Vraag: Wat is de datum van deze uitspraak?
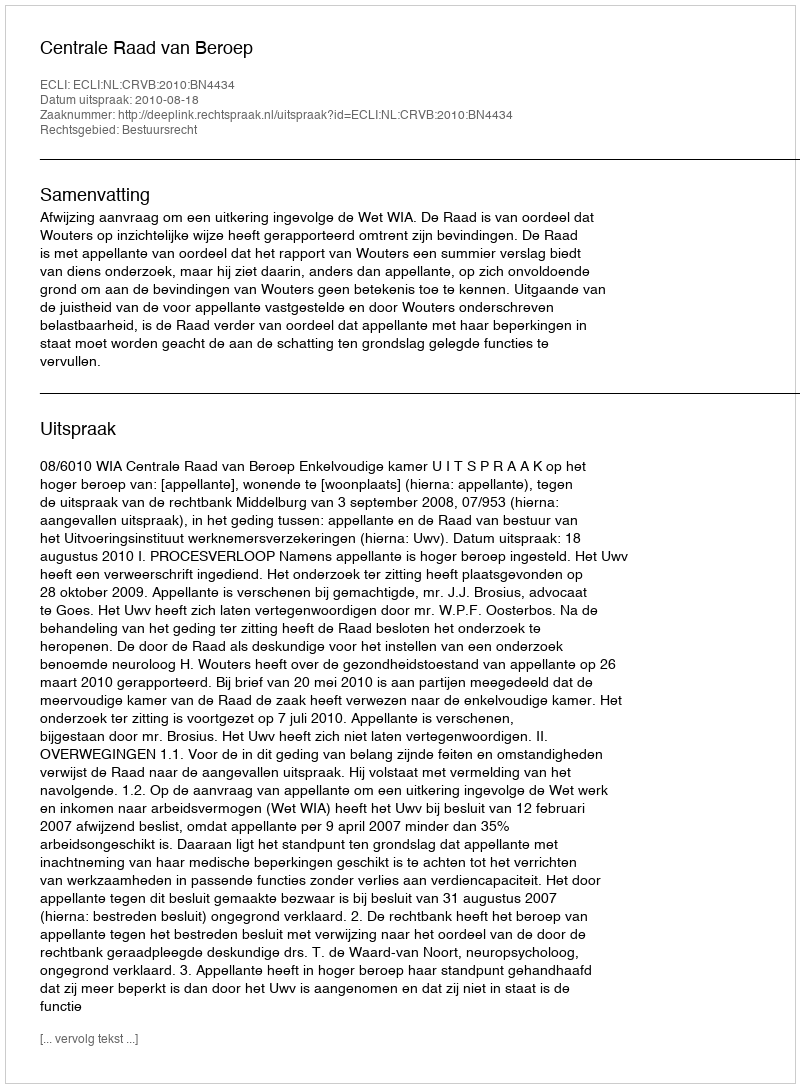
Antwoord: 2010-08-18